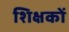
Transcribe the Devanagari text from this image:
शिक्षकों